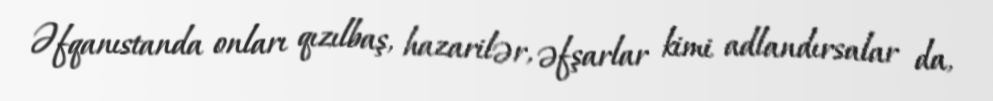
Əfqanıstanda onları qızılbaş, hazarilər, əfşarlar kimi adlandırsalar da,